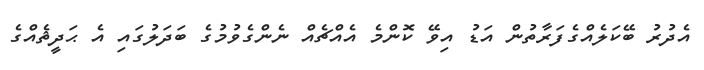
އެދުރު ބޭކަލެއްގެފަރާތުން އަޑު އިވޭ ކޮންމެ އެއްޗެއް ނެންގެވުމުގެ ބަދަލުގައި އެ ޙަދީޘެއްގެ